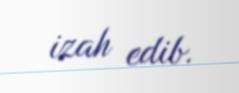
izah edib.